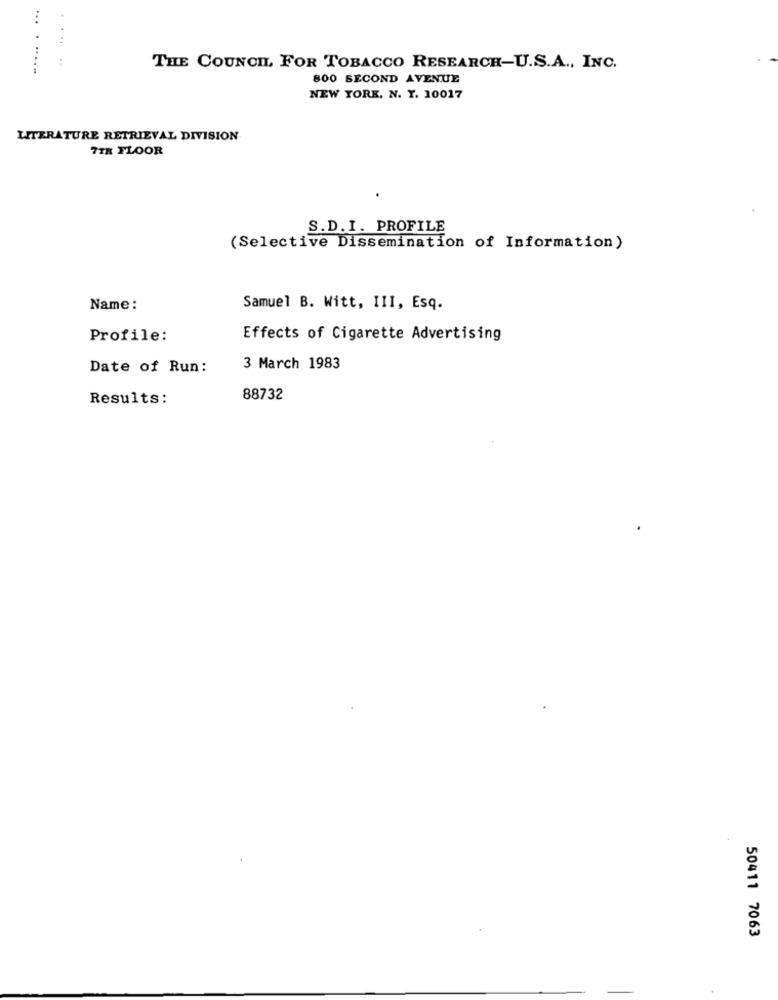
...
.. .
:
......
THE COUNCIL FOR TOBACCO RESEARCH-U.S.A ., INC.
800 SECOND AVENUE
NEW YORK, N. Y. 10017
LITERATURE RETRIEVAL DIVISION
7TH FLOOR
S.D.I. PROFILE
(Selective Dissemination of Information)
Name:
Samuel B. Witt, III, Esq.
Profile:
Effects of Cigarette Advertising
Date of Run:
3 March 1983
Results:
88732
50411 7063